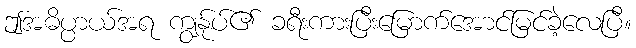
ဤအဓိပ္ပာယ်အရ ကျွန်ုပ်၏ ခရီးကားပြီးမြောက်အောင်မြင်ခဲ့လေပြီ။